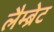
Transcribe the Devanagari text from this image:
लैम्ब्रेट